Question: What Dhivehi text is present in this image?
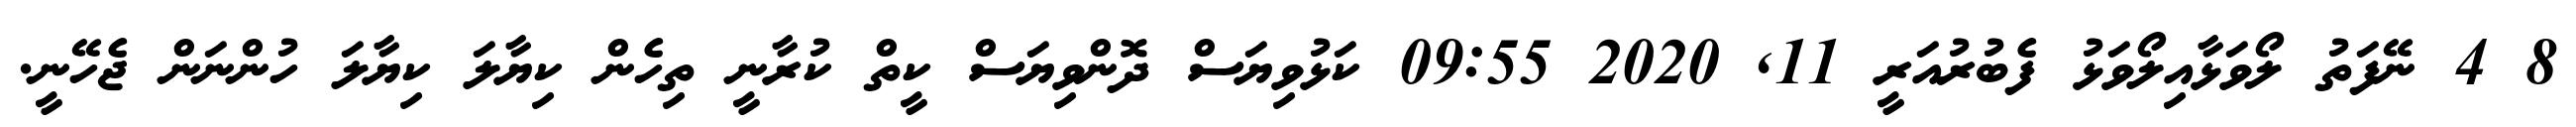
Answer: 8 4 ނޭފަތު ލޯވަޅާއިލޯވަޅު ފެބުރުއަރީ 11, 2020 09:55 ކަޅުވިޔަސް ދޮންވިޔަސް ކީތް ކުރާނީ ތިހެން ކިޔާލަ ކިޔާލަ ހުންނަން ޖެހޭނީ.